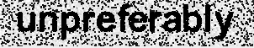
unpreferably